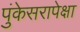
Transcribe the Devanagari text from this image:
पुंकेसरापेक्षा